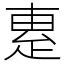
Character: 𤴛